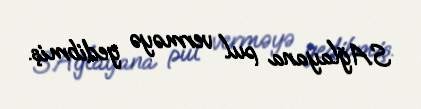
S.Ağlayana pul verməyə gedibmiş.